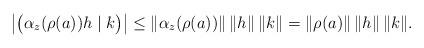
LaTeX: \begin{align*}\big|\big(\alpha_z(\rho(a))h\;|\;k\big)\big|\leq \|\alpha_z(\rho(a))\|\,\|h\|\,\|k\|=\|\rho(a)\|\,\|h\|\,\|k\|.\end{align*}